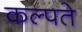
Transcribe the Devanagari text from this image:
कल्पते